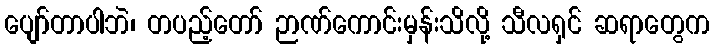
ပျော်တာပါဘဲ၊ တပည့်တော် ဉာဏ်ကောင်းမှန်းသိလို့ သီလရှင် ဆရာတွေက